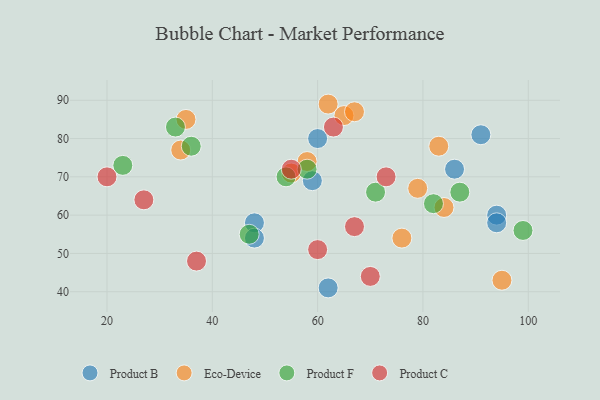
{"axis": {"x": "GDP", "y": "Life Expectancy"}, "legend": ["Eco-Device", "Product B", "Product C", "Product F"], "data": [{"x": "91", "y": 81, "type": "Product B"}, {"x": "94", "y": 60, "type": "Product B"}, {"x": "86", "y": 72, "type": "Product B"}, {"x": "48", "y": 58, "type": "Product B"}, {"x": "60", "y": 80, "type": "Product B"}, {"x": "94", "y": 58, "type": "Product B"}, {"x": "62", "y": 41, "type": "Product B"}, {"x": "48", "y": 54, "type": "Product B"}, {"x": "59", "y": 69, "type": "Product B"}, {"x": "34", "y": 77, "type": "Eco-Device"}, {"x": "62", "y": 89, "type": "Eco-Device"}, {"x": "55", "y": 71, "type": "Eco-Device"}, {"x": "84", "y": 62, "type": "Eco-Device"}, {"x": "76", "y": 54, "type": "Eco-Device"}, {"x": "83", "y": 78, "type": "Eco-Device"}, {"x": "65", "y": 86, "type": "Eco-Device"}, {"x": "79", "y": 67, "type": "Eco-Device"}, {"x": "58", "y": 74, "type": "Eco-Device"}, {"x": "95", "y": 43, "type": "Eco-Device"}, {"x": "35", "y": 85, "type": "Eco-Device"}, {"x": "67", "y": 87, "type": "Eco-Device"}, {"x": "82", "y": 63, "type": "Product F"}, {"x": "47", "y": 55, "type": "Product F"}, {"x": "99", "y": 56, "type": "Product F"}, {"x": "54", "y": 70, "type": "Product F"}, {"x": "71", "y": 66, "type": "Product F"}, {"x": "36", "y": 78, "type": "Product F"}, {"x": "87", "y": 66, "type": "Product F"}, {"x": "23", "y": 73, "type": "Product F"}, {"x": "33", "y": 83, "type": "Product F"}, {"x": "58", "y": 72, "type": "Product F"}, {"x": "63", "y": 83, "type": "Product C"}, {"x": "73", "y": 70, "type": "Product C"}, {"x": "37", "y": 48, "type": "Product C"}, {"x": "55", "y": 72, "type": "Product C"}, {"x": "20", "y": 70, "type": "Product C"}, {"x": "60", "y": 51, "type": "Product C"}, {"x": "27", "y": 64, "type": "Product C"}, {"x": "70", "y": 44, "type": "Product C"}, {"x": "67", "y": 57, "type": "Product C"}]}